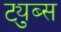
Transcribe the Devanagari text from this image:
ट्युब्स